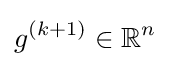
g^{(k+1)}\in \mathbb {R} ^{n}